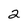
Character: 2